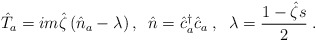
\begin{align*}\hat{T}_a= im\hat{\zeta}\left(\hat{n}_a -\lambda \right),\;\;\hat{n}=\hat{c}^\dagger_a\hat{c}_a\;,\;\;\lambda =\frac{1-\hat{\zeta}s}{2}\;.\end{align*}